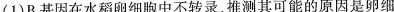
(1)B基因在水稻卵细胞中不转录，推测其可能的原因是卵细